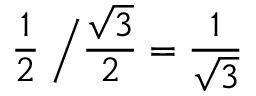
\; \, { \frac { 1 } { 2 } } \; { \Big / } { \frac { \sqrt { 3 } } { 2 } } = { \frac { 1 } { \sqrt { 3 } } }